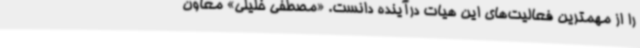
را از مهمترین فعالیت‌های این هیات درآینده دانست. «مصطفی خلیلی» معاون